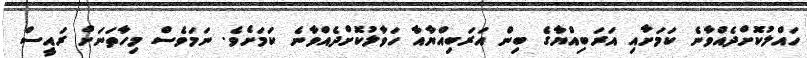
ހައްލުކޮށްދެއްވާނެ ކަމަށާއި އަރަބިއްޔާގެ ބިން އަރަބިއްޔާއާ ހަވާލުކޮށްދެއްވާނެ ކަމަށެވެ. ނަމަވެސް މިހާތަނަށް ރައީސް